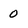
Character: 0